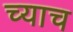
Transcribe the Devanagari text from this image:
च्याच